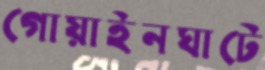
গোয়াইনঘাটে